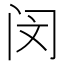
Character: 闵